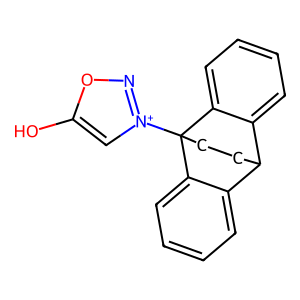
SMILES: Oc1c[n+](C23CCC(c4ccccc42)c2ccccc23)no1
Inhibits HIV replication: No